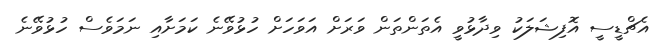
އެޗްޑީސީ އޮފިޝަލަކު ވިދާޅުވީ އެތަންތަން ވަރަށް އަވަހަށް ހުޅުވޭނެ ކަމަށާއި ނަމަވެސް ހުޅުވޭނެ